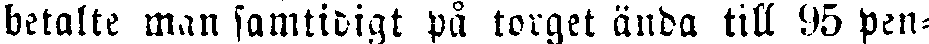
betalte man samtidigt på torget ända till 95 pen-